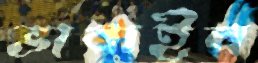
ভাবাইব